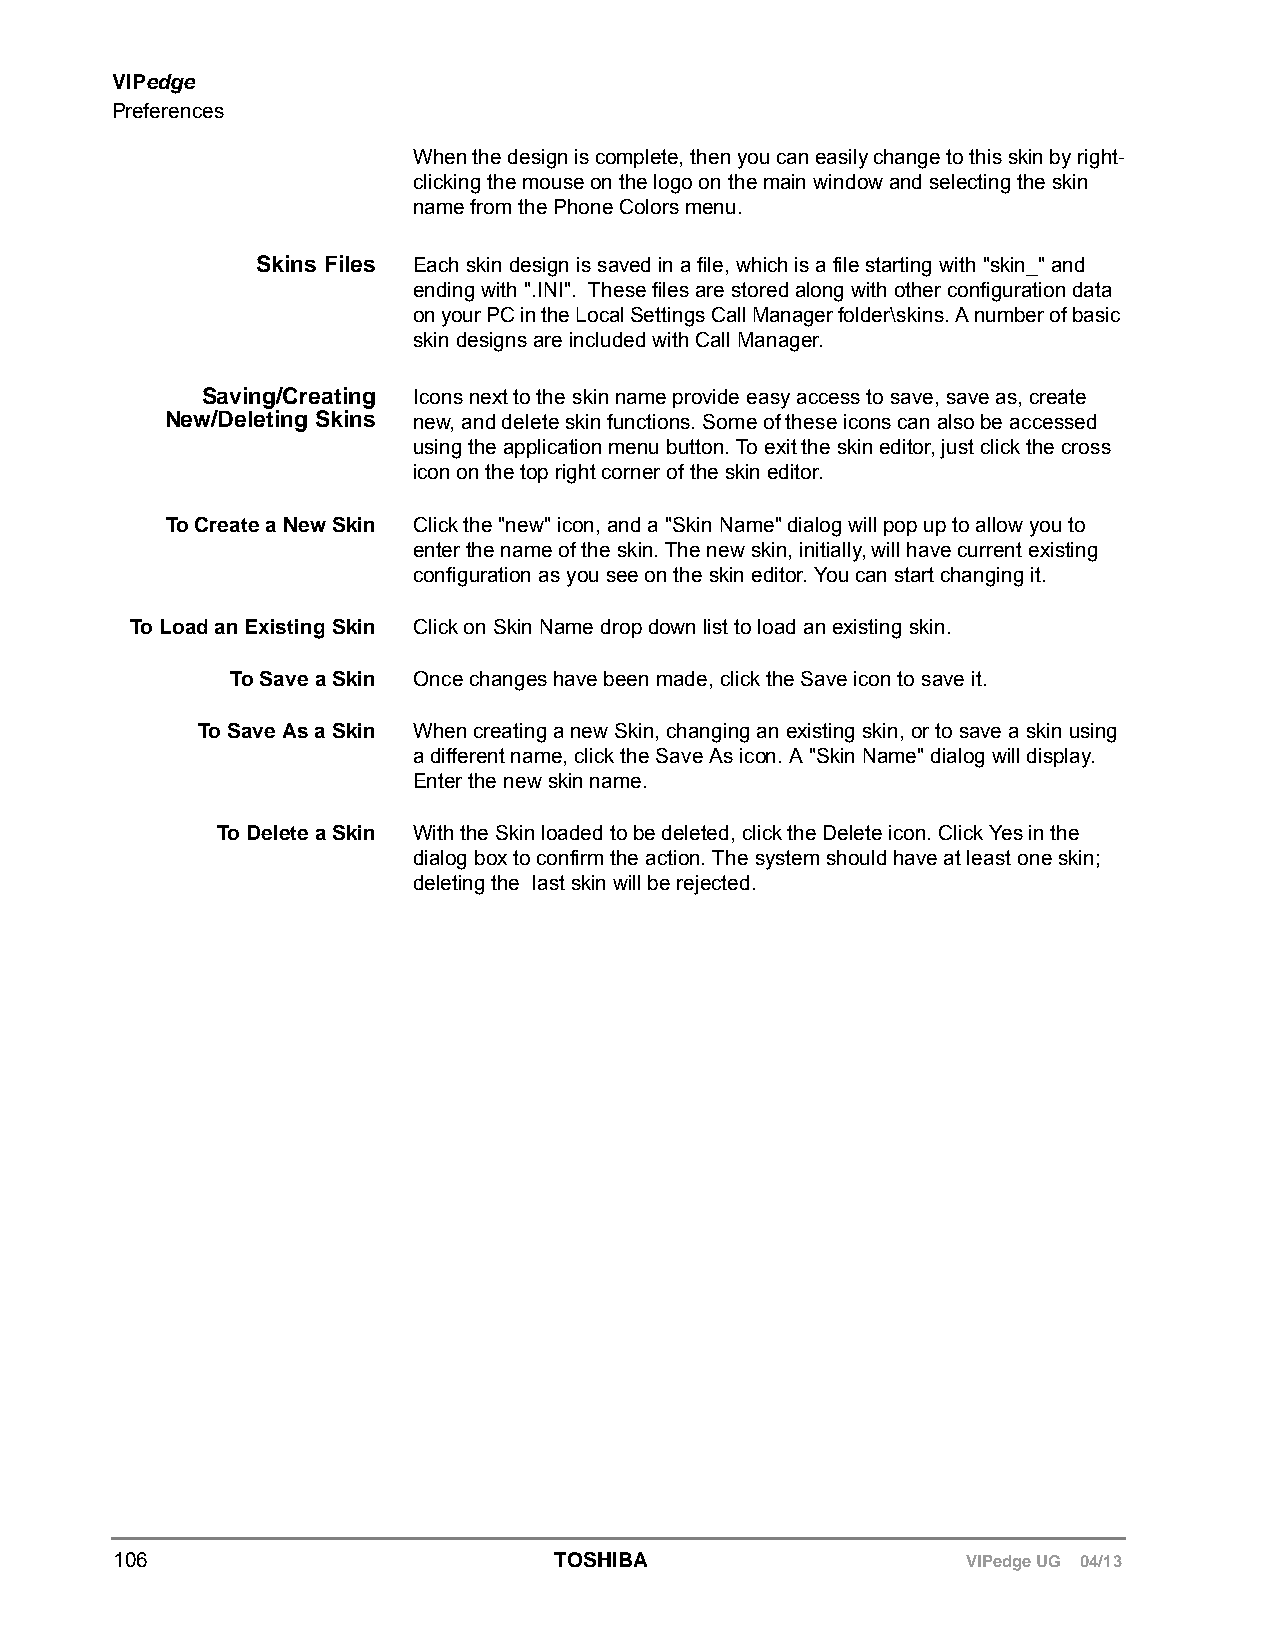
VIPedge
 Preferences
 When the design is complete, then you can easily change to this skin by right-
 clicking the mouse on the logo on the main window and selecting the skin
 name from the Phone Colors menu.
 Skins Files Each skin design is saved in a file, which is a file starting with "skin_" and
 ending with ".INI". These files are stored along with other configuration data
 on your PC in the Local Settings Call Manager folder\skins. A number of basic
 skin designs are included with Call Manager.
 Saving/Creating Icons next to the skin name provide easy access to save, save as, create
 New/Deleting Skins new, and delete skin functions. Some of these icons can also be accessed
 using the application menu button. To exit the skin editor, just click the cross
 icon on the top right corner of the skin editor.
 To Create a New Skin Click the "new" icon, and a "Skin Name" dialog will pop up to allow you to
 enter the name of the skin. The new skin, initially, will have current existing
 configuration as you see on the skin editor. You can start changing it.
 To Load an Existing Skin Click on Skin Name drop down list to load an existing skin.
 To Save a Skin Once changes have been made, click the Save icon to save it.
 To Save As a Skin When creating a new Skin, changing an existing skin, or to save a skin using
 a different name, click the Save As icon. A "Skin Name" dialog will display.
 Enter the new skin name.
 To Delete a Skin With the Skin loaded to be deleted, click the Delete icon. Click Yes in the
 dialog box to confirm the action. The system should have at least one skin;
 deleting the last skin will be rejected.
 106                          TOSHIBA                    VIPedge UG 04/13